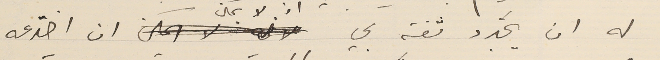
له ان يجدد ثقتهِ بي اذ لا يمكن ان اخدَعه